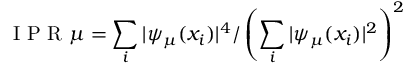
\mathrm { ~ I ~ P ~ R ~ } \mu = \sum _ { i } | \psi _ { \mu } ( x _ { i } ) | ^ { 4 } / \left( \sum _ { i } | \psi _ { \mu } ( x _ { i } ) | ^ { 2 } \right) ^ { 2 }